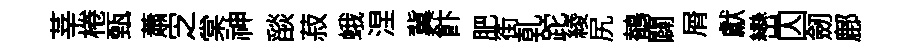
莘棬甄蕭㝎棠神𦦨菽蛾涅冀飰肥街乹跎綾尻鶺闢屑獻巒囚劒鄜